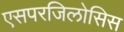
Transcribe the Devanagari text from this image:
एसपरजिलोसिस